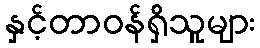
နှင့်တာဝန်ရှိသူများ